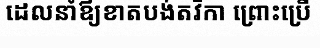
ដេលនាំឪ្យខាតបង់តវិកា ព្រោះប្រើ